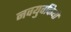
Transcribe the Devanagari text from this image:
नवयुवकियों